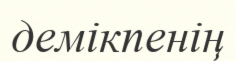
демікпенің